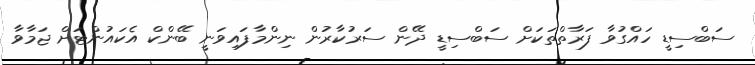
ސަބްސިޑީ ހައްގުވާ ފަރާތްތަކަށް ސަބްސިޑީ ދޭން ސަރުކާރުން ނިންމާފައިވަނީ ބޭންކް އެކައުންޓަށް ޖަމާވާ